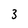
Character: 3